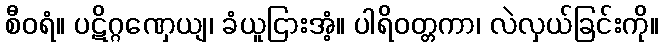
စီဝရံ။ ပဋိဂ္ဂဏှေယျ၊ ခံယူငြားအံ့။ ပါရိဝတ္တကာ၊ လဲလှယ်ခြင်းကို။